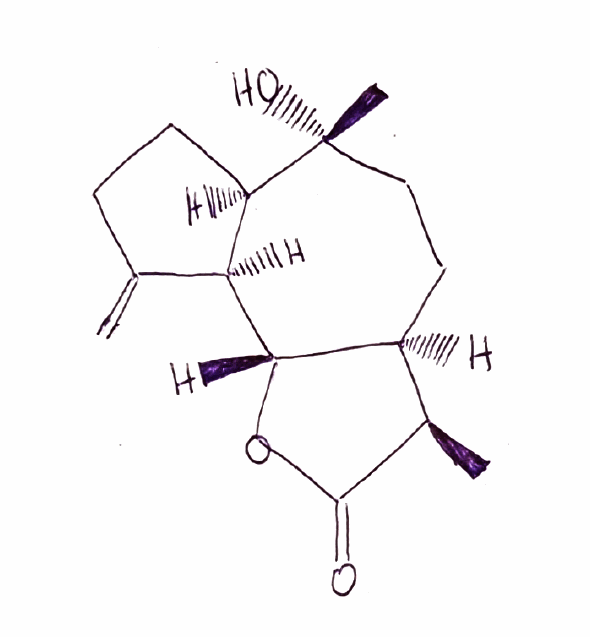
Simplified molecular-input line-entry system (SMILES) notation of the given molecule:
C[C@@H]1[C@@H]2CC[C@@]([C@@H]3CCC(=C)[C@@H]3[C@H]2OC1=O)(C)O